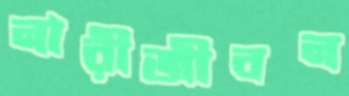
নারীজীবন